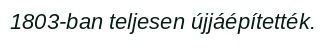
1803-ban teljesen újjáépítették.